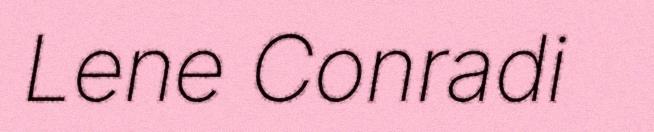
Lene Conradi